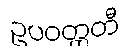
ဥပဝတ္တတီ